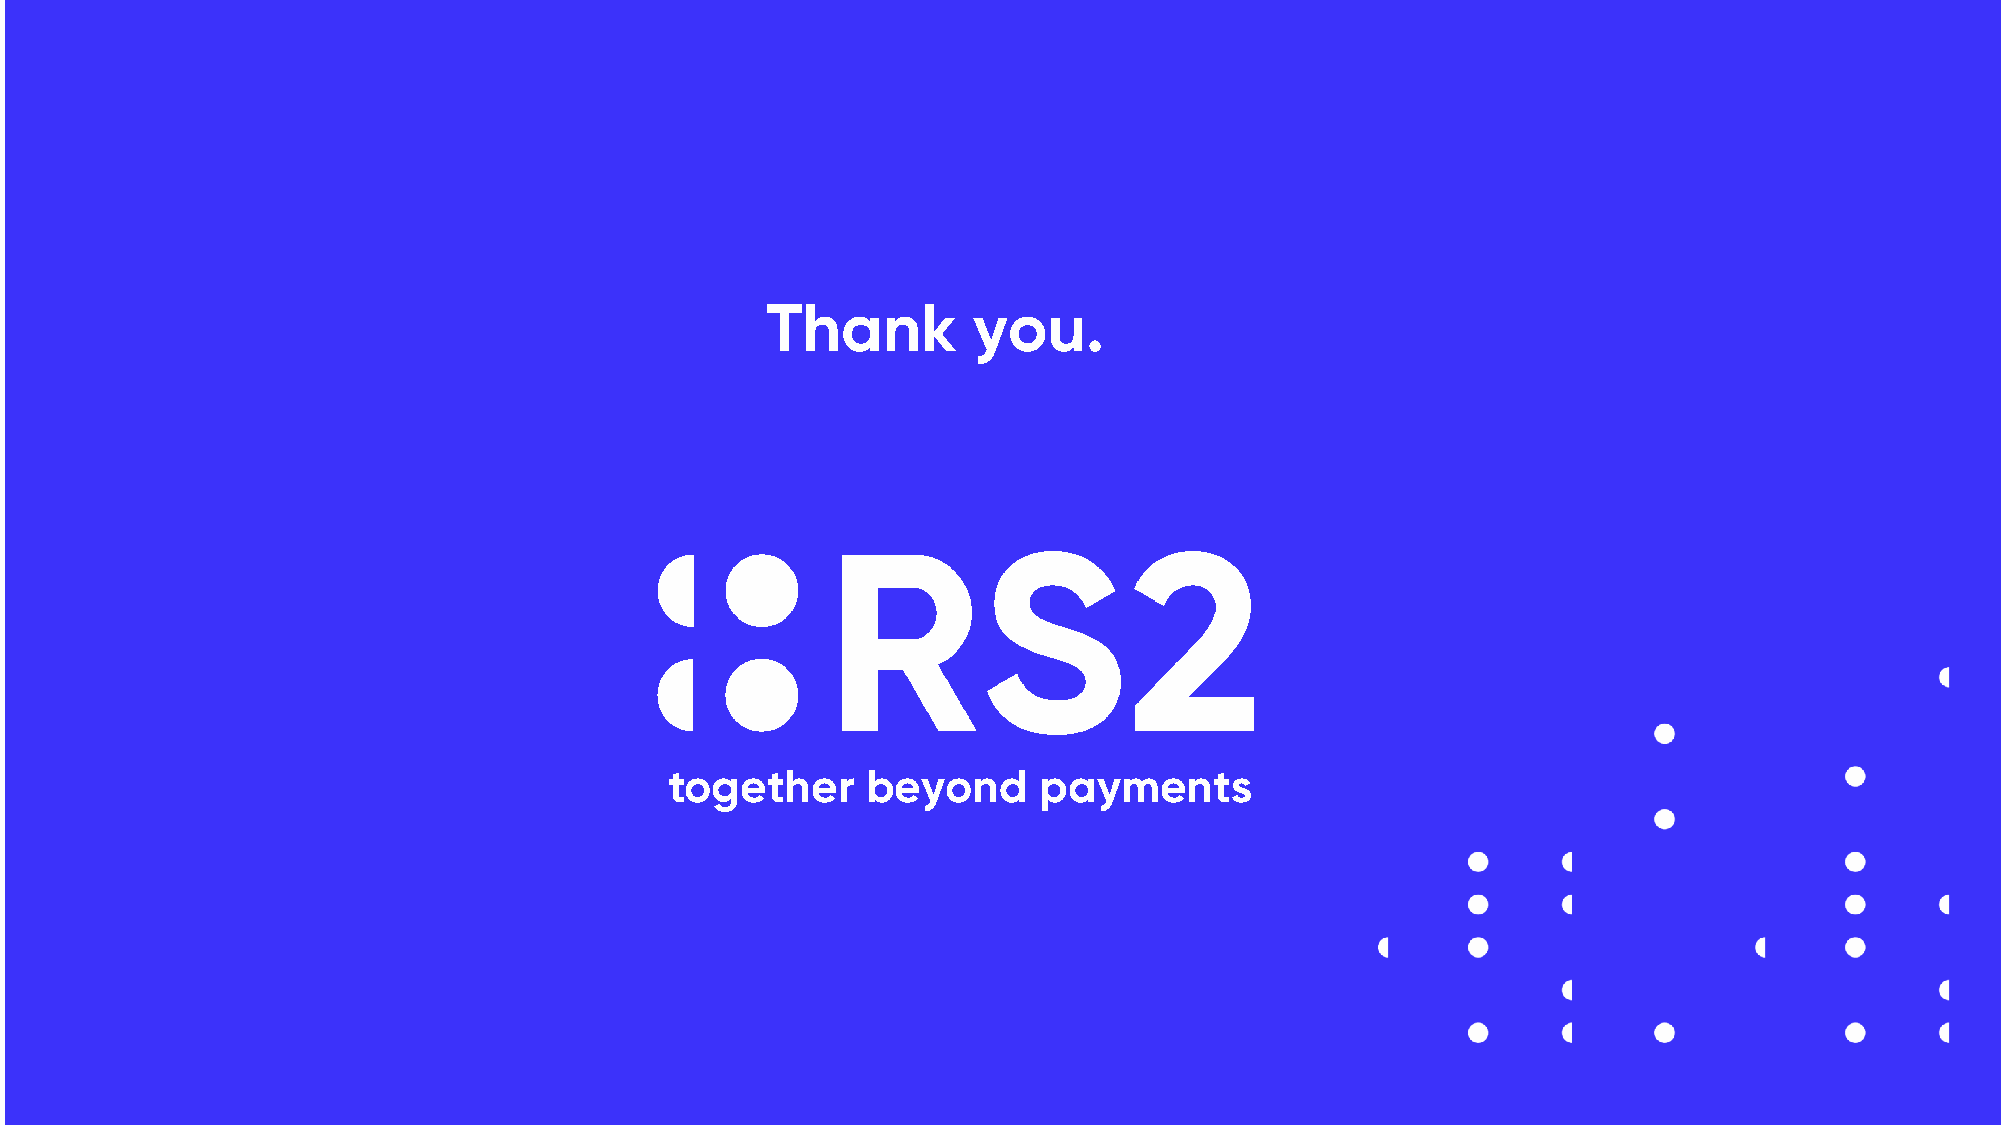
Thank        you.
 together     beyond      payments